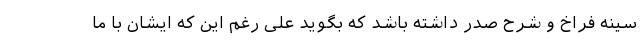
سینه فراخ و شرح صدر داشته باشد که بگوید علی رغم این که ایشان با ما